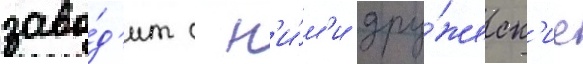
заво́д'ит с н'и́м'и дру́жеск'ие